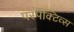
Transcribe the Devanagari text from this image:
पर्स्पेक्टिव्स